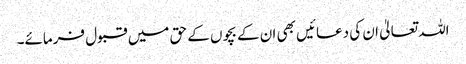
اللہ تعالیٰ ان کی دعائیں بھی ان کے بچوں کے حق میں قبول فرمائے۔